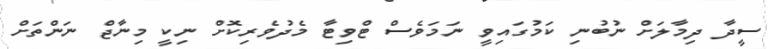
ސީދާ ދިމާލަށް ނުބުނި ކަމުގައިވީ ނަމަވެސް ޓްވިޓާ މެދުވެރިކޮށް ނިކީ މިނާޖް ނަންތަށް